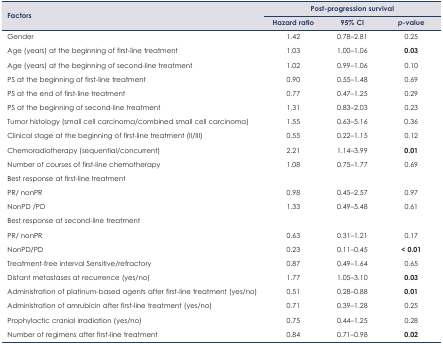
<table><thead><tr><td rowspan="3"><b>Factors</b></td><td colspan="3"><b>Post-progression survival</b></td></tr><tr><td><b>Hazard ratio</b></td><td><b>95% CI</b></td><td><b><i>p</i>-value</b></td></tr></thead><tbody><tr><td>Gender</td><td>1.42</td><td>0.78–2.81</td><td>0.25</td></tr><tr><td>Age (years) at the beginning of first-line treatment</td><td>1.03</td><td>1.00–1.06</td><td><b>0.03</b></td></tr><tr><td>Age (years) at the beginning of second-line treatment</td><td>1.02</td><td>0.99–1.06</td><td>0.10</td></tr><tr><td>PS at the beginning of first-line treatment</td><td>0.90</td><td>0.55–1.48</td><td>0.69</td></tr><tr><td>PS at the end of first-line treatment</td><td>0.77</td><td>0.47–1.25</td><td>0.29</td></tr><tr><td>PS at the beginning of second-line treatment</td><td>1.31</td><td>0.83–2.03</td><td>0.23</td></tr><tr><td>Tumor histology (small cell carcinoma/combined small cell carcinoma)</td><td>1.55</td><td>0.63–5.16</td><td>0.36</td></tr><tr><td>Clinical stage at the beginning of first-line treatment (II/III)</td><td>0.55</td><td>0.22–1.15</td><td>0.12</td></tr><tr><td>Chemoradiotherapy (sequential/concurrent)</td><td>2.21</td><td>1.14–3.99</td><td><b>0.01</b></td></tr><tr><td>Number of courses of first-line chemotherapy</td><td>1.08</td><td>0.75–1.77</td><td>0.69</td></tr><tr><td>Best response at first-line treatment</td><td></td><td></td><td></td></tr><tr><td>PR/ nonPR</td><td>0.98</td><td>0.45–2.57</td><td>0.97</td></tr><tr><td>NonPD /PD</td><td>1.33</td><td>0.49–5.48</td><td>0.61</td></tr><tr><td>Best response at second-line treatment</td><td></td><td></td><td></td></tr><tr><td>PR/ nonPR</td><td>0.63</td><td>0.31–1.21</td><td>0.17</td></tr><tr><td>NonPD/PD</td><td>0.23</td><td>0.11–0.45</td><td><b>&lt; 0.01</b></td></tr><tr><td>Treatment-free interval Sensitive/refractory</td><td>0.87</td><td>0.49–1.64</td><td>0.65</td></tr><tr><td>Distant metastases at recurrence (yes/no)</td><td>1.77</td><td>1.05–3.10</td><td><b>0.03</b></td></tr><tr><td>Administration of platinum-based agents after first-line treatment (yes/no)</td><td>0.51</td><td>0.28–0.88</td><td><b>0.01</b></td></tr><tr><td>Administration of amrubicin after first-line treatment (yes/no)</td><td>0.71</td><td>0.39–1.28</td><td>0.25</td></tr><tr><td>Prophylactic cranial irradiation (yes/no)</td><td>0.75</td><td>0.44–1.25</td><td>0.28</td></tr><tr><td>Number of regimens after first-line treatment</td><td>0.84</td><td>0.71–0.98</td><td><b>0.02</b></td></tr></tbody></table>